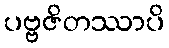
ပဗ္ဗဇိတဿာပိ